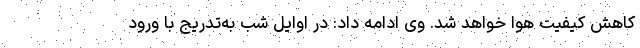
کاهش کیفیت هوا خواهد شد. وی ادامه داد: در اوایل شب به‌تدریج با ورود